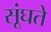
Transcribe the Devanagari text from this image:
सूंघते